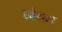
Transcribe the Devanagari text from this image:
ध्वंयस